Annual report of the Punjab Veterinary College and of the Civil Veterinary Department, Punjab - 1894-1908
Year: 1894
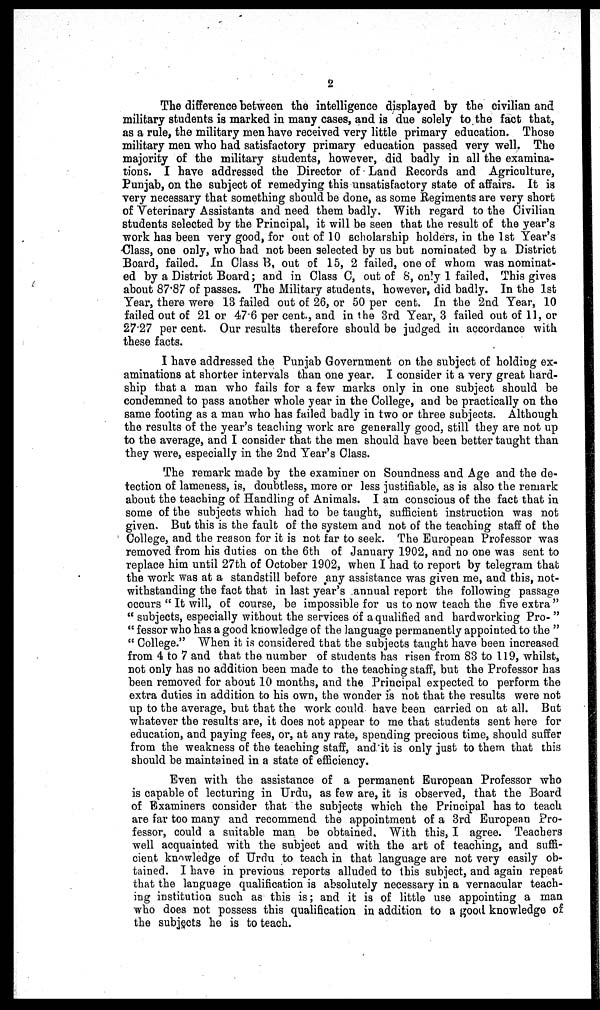
2
The difference between the intelligence displayed by the civilian and
military students is marked in many cases, and is due solely to the fact that,
as a rule, the military men have received very little primary education. Those
military men who had satisfactory primary education passed very well. The
majority of the military students, however, did badly in all the examina-
tions. I have addressed the Director of Land Records and Agriculture,
Punjab, on the subject of remedying this unsatisfactory state of affairs. It is
very necessary that something should be done, as some Regiments are very short
of Veterinary Assistants and need them badly. With regard to the Civilian
students selected by the Principal, it will be seen that the result of the year's
work has been very good, for out of 10 scholarship holders, in the 1st Year's
Class, one only, who had not been selected by us but nominated by a District
Board, failed. In Class B, out of 15, 2 failed, one of whom was nominat-
ed by a District Board; and in Class C, out of 8, only 1 failed, This gives
about 87.87 of passes. The Military students, however, did badly. In the 1st
Year, there were 13 failed out of 26, or 50 per cent. In the 2nd Year, 10
failed out of 21 or 47.6 per cent., and in the 3rd Year, 3 failed out of 11, or
27.27 per cent. Our results therefore should be judged in accordance with
these facts.
I have addressed the Punjab Government on the subject of holding ex-
aminations at shorter intervals than one year. I consider it a very great hard-
ship that a man who fails for a few marks only in one subject should be
condemned to pass another whole year in the College, and be practically on the
same footing as a man who has failed badly in two or three subjects. Although
the results of the year's teaching work are generally good, still they are not up
to the average, and I consider that the men should have been better taught than
they were, especially in the 2nd Year's Class.
The remark made by the examiner on Soundness and Age and the de-
tection of lameness, is, doubtless, more or less justifiable, as is also the remark
about the teaching of Handling of Animals. I am conscious of the fact that in
some of the subjects which had to be taught, sufficient instruction was not
given. But this is the fault of the system and not of the teaching staff of the
College, and the reason for it is not far to seek. The European Professor was
removed from his duties on the 6th of January 1902, and no one was sent to
replace him until 27th of October 1902, when I had to report by telegram that
the work was at a standstill before any assistance was given me, and this, not-
withstanding the fact that in last year's annual report the following passage
occurs "It will, of course, be impossible for us to now teach the five extra"
"subjects, especially without the services of a qualified and hardworking Pro-"
"fessor who has a good knowledge of the language permanently appointed to the"
"College." When it is considered that the subjects taught have been increased
from 4 to 7 and that the number of students has risen from 83 to 119, whilst,
not only has no addition been made to the teaching staff, but the Professor has
been removed for about 10 months, and the Principal expected to perform the
extra duties in addition to his own, the wonder is not that the results were not
up to the average, but that the work could have been carried on at all. But
whatever the results are, it does not appear to me that students sent here for
education, and paying fees, or, at any rate, spending precious time, should suffer
from the weakness of the teaching staff, and it is only just to them that this
should be maintained in a state of efficiency.
Even with the assistance of a permanent European Professor who
is capable of lecturing in Urdu, as few are, it is observed, that the Board
of Examiners consider that the subjects which the Principal has to teach
are far too many and recommend the appointment of a 3rd European Pro-
fessor, could a suitable man be obtained. With this, I agree. Teachers
well acquainted with the subject and with the art of teaching, and suffi-
cient knowledge of Urdu to teach in that language are not very easily ob-
tained. I have in previous reports alluded to this subject, and again repeat
that the language qualification is absolutely necessary in a vernacular teach-
ing institution such as this is; and it is of little use appointing a man
who does not possess this qualification in addition to a good knowledge of
the subjects he is to teach.